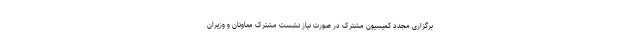
برگزاری مجدد کمیسیون مشترک در صورت نیاز نشست مشترک معاونان و وزیران